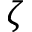
\zeta